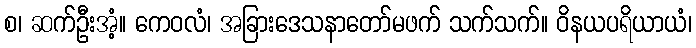
စ၊ ဆက်ဦးအံ့။ ကေဝလံ၊ အခြားဒေသနာတော်မဖက် သက်သက်။ ဝိနယပရိယာယံ၊